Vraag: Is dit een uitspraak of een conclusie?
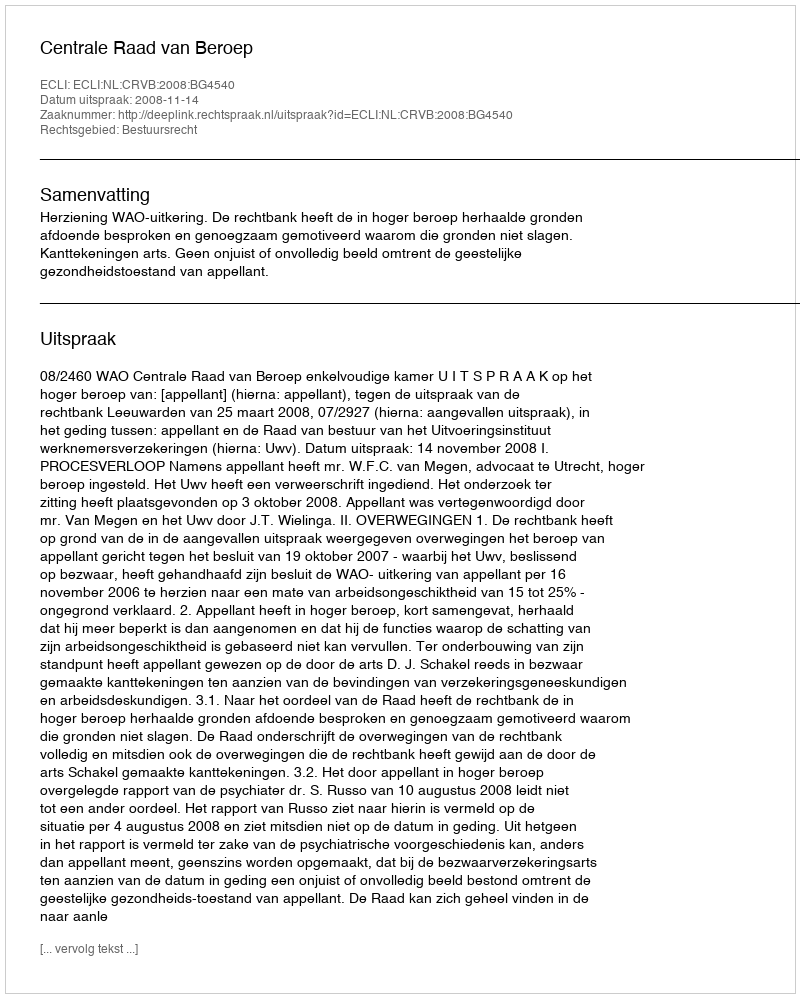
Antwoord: Uitspraak